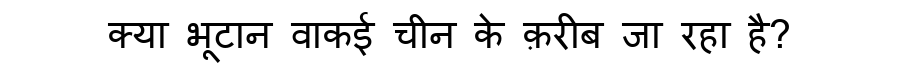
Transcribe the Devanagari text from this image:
क्या भूटान वाकई चीन के क़रीब जा रहा है?